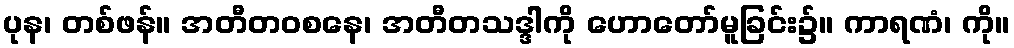
ပုန၊ တစ်ဖန်။ အတီတဝစနေ၊ အတီတသဒ္ဒါကို ဟောတော်မူခြင်း၌။ ကာရဏံ၊ ကို။